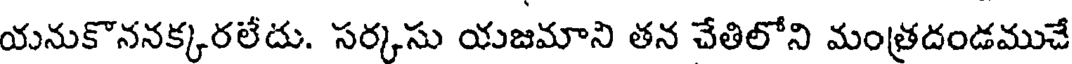
యనుకొననక్కరలేదు. సర్కసు యజమాని తన చేతిలోని మంత్రదండముచే